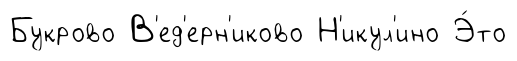
Букрово В'ед'ерн'иково Н'икул'ино Э́то